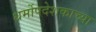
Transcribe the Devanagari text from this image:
धर्मोपदेशकाच्या